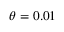
\theta = 0 . 0 1